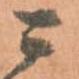
ニ